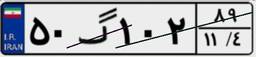
۵۰گ۱۰۲۸۹